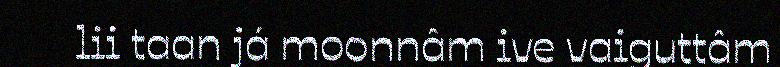
lii taan já moonnâm ive vaiguttâm